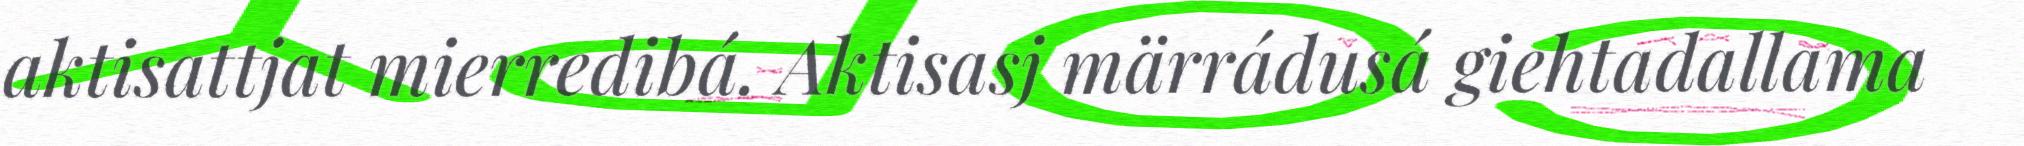
aktisattjat mierredibá. Aktisasj märrádusá giehtadallama